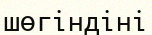
шөгіндіні